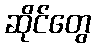
ဆိုင်တွေ